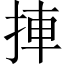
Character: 捙